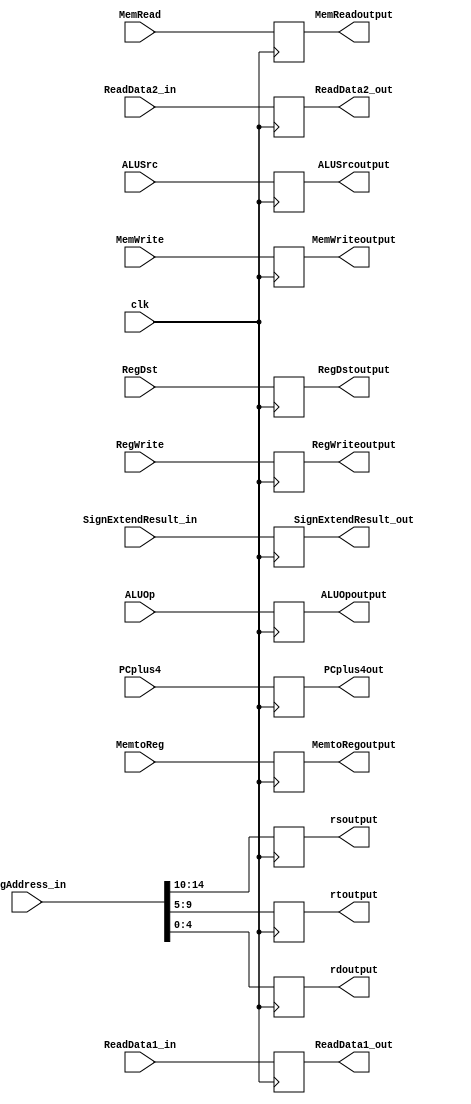
module ID_EX_Reg (RegWrite, MemtoReg, MemWrite, MemRead,ALUSrc, ALUOp, RegDst, PCplus4 ,ReadData1_in ,ReadData2_in,SignExtendResult_in 
		,regAddress_in ,PCplus4out ,ReadData1_out ,ReadData2_out ,SignExtendResult_out ,rsoutput ,rtoutput ,rdoutput, RegWriteoutput
		,MemtoRegoutput,MemWriteoutput, MemReadoutput,ALUSrcoutput, ALUOpoutput, RegDstoutput,clk);
		
// This module is used for modelling the register present between ID and EX stages, it stores various data that is required for further stages.
  
input RegWrite, MemtoReg;
input MemWrite, MemRead; 
input ALUSrc, RegDst;
input [3:0] ALUOp;
output reg RegWriteoutput, MemtoRegoutput;
output reg MemWriteoutput, MemReadoutput;
output reg ALUSrcoutput, RegDstoutput;
output reg [3:0] ALUOpoutput;

input [31:0] PCplus4 ,ReadData1_in ,ReadData2_in ,SignExtendResult_in;
input [14:0] regAddress_in;
input clk;

output reg [31:0] PCplus4out ,ReadData1_out ,ReadData2_out ,SignExtendResult_out;
output reg [4:0] rsoutput ,rtoutput ,rdoutput;


always @(posedge clk)
begin
  PCplus4out <= PCplus4;
  ReadData1_out <= ReadData1_in;
  ReadData2_out <= ReadData2_in;
  SignExtendResult_out <= SignExtendResult_in;
  rsoutput <= regAddress_in[14:10];
  rtoutput <= regAddress_in[9:5];
  rdoutput <= regAddress_in[4:0];
  RegWriteoutput <= RegWrite;
  MemtoRegoutput <= MemtoReg;
  MemWriteoutput <= MemWrite;
  MemReadoutput <= MemRead;
  ALUSrcoutput <= ALUSrc;
  ALUOpoutput <= ALUOp;
  RegDstoutput <= RegDst;
end
  
endmodule